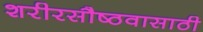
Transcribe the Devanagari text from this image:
शरीरसौष्ठवासाठी